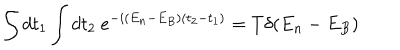
\int d t _ { 1 } \int d t _ { 2 } ~ e ^ { - i ( E _ { n } - E _ { B } ) ( t _ { 2 } - t _ { 1 } ) } = T \delta ( E _ { n } - E _ { B } )